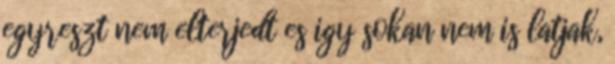
egyreszt nem elterjedt es igy sokan nem is latjak,